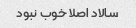
سالاد اصلا خوب نبود